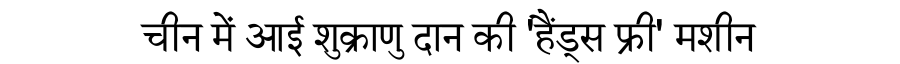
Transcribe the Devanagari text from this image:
चीन में आई शुक्राणु दान की 'हैंड्स फ्री' मशीन